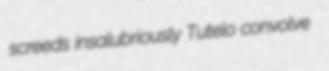
screeds insalubriously Tutelo convolve